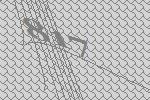
817